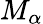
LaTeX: M_{\alpha}